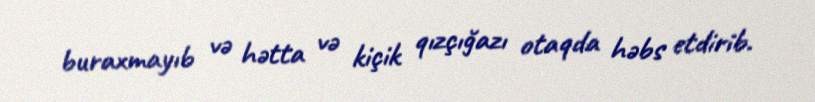
buraxmayıb və hətta və kiçik qızçığazı otaqda həbs etdirib.